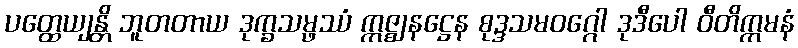
ပတ္ထေယျန္တိ ဘူတတာယ ဒုက္ခသမ္ဖဿံ ဣဇ္ဈနဋ္ဌေန စုဒ္ဒသမဝဂ္ဂေါ ဒုဒီပေါ ဝီတိက္ကမနံ